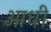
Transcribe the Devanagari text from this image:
अाधी